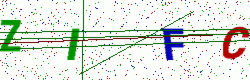
Text: ZIFC